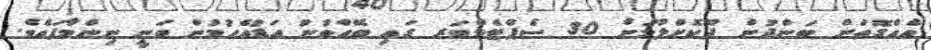
އެއްގޮތަށް ބަންދުން ދޫކޮށްލުމަށް 30 ސެޕްޓެމްބަރ ގައި ބޭއްވުނު އަޑުއެހުމުން ވަނީ ނިންމާފައެވެ.